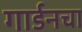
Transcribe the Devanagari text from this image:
गार्डनचा